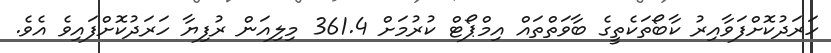
ހަރަދުކޮށްފަވާއިރު ކާބޯތަކެތީގެ ބާވަތްތައް އިމްޕޯޓް ކުރުމަށް 361.4 މިލިއަން ރުފިޔާ ހަރަދުކޮށްފައިވެ އެވެ.